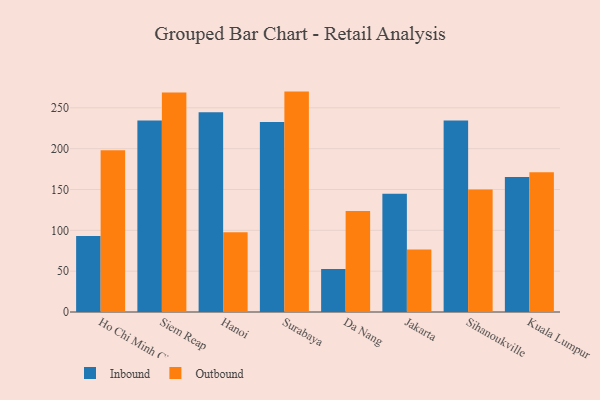
{"axis": {"x": "City", "y": "Demand Index"}, "legend": ["Inbound", "Outbound"], "data": [{"x": "Ho Chi Minh City", "y": 93.2, "type": "Inbound"}, {"x": "Ho Chi Minh City", "y": 198.1, "type": "Outbound"}, {"x": "Siem Reap", "y": 234.4, "type": "Inbound"}, {"x": "Siem Reap", "y": 268.8, "type": "Outbound"}, {"x": "Hanoi", "y": 244.6, "type": "Inbound"}, {"x": "Hanoi", "y": 97.8, "type": "Outbound"}, {"x": "Surabaya", "y": 232.6, "type": "Inbound"}, {"x": "Surabaya", "y": 269.9, "type": "Outbound"}, {"x": "Da Nang", "y": 52.7, "type": "Inbound"}, {"x": "Da Nang", "y": 123.8, "type": "Outbound"}, {"x": "Jakarta", "y": 144.7, "type": "Inbound"}, {"x": "Jakarta", "y": 76.4, "type": "Outbound"}, {"x": "Sihanoukville", "y": 234.4, "type": "Inbound"}, {"x": "Sihanoukville", "y": 150.0, "type": "Outbound"}, {"x": "Kuala Lumpur", "y": 165.3, "type": "Inbound"}, {"x": "Kuala Lumpur", "y": 171.0, "type": "Outbound"}]}